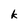
Character: k